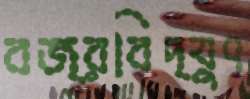
বজ্রবিদ্যুৎ